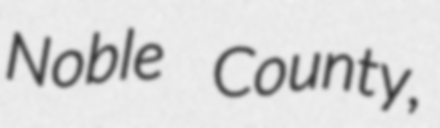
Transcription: Noble County,